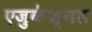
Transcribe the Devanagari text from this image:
एजुकेश्नल